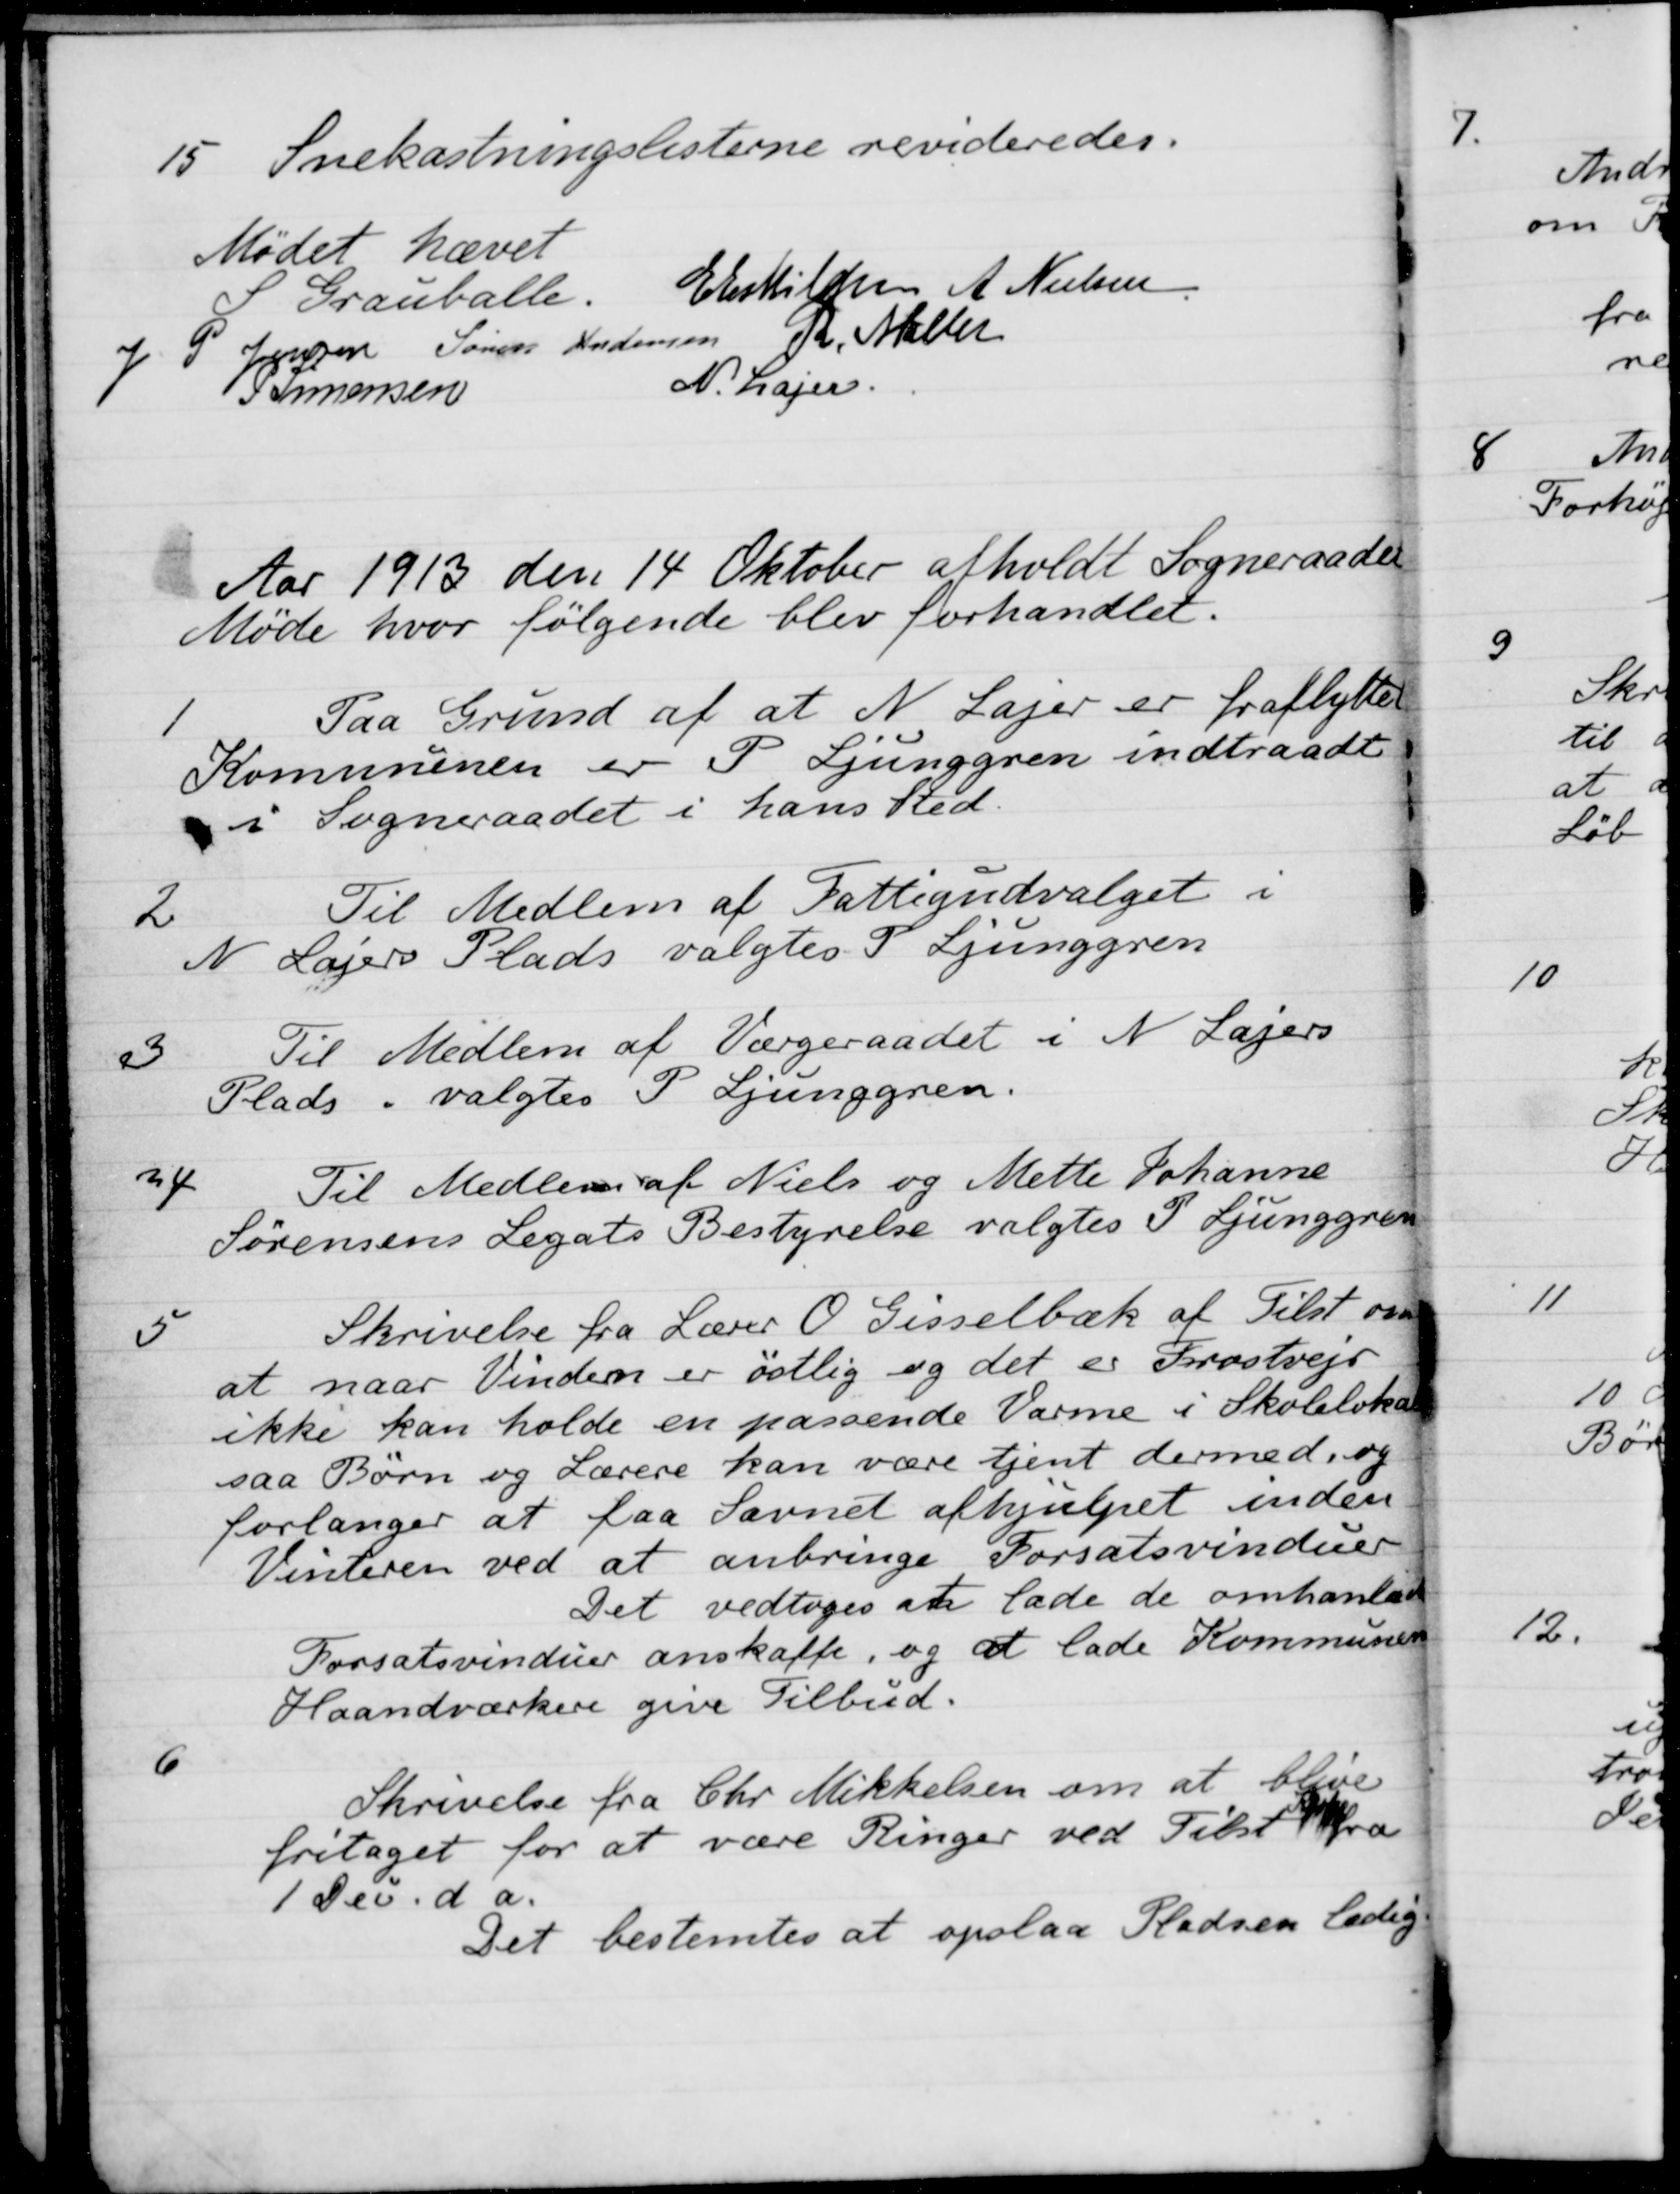
Transskription:
15.
Snekastningslisterne revideredes.
Mødet hævet
Granballe.
Erestillen
A. Nielsen
J P. Jensen
Søren Andersen
Th. Meller
SSimonsen
N. Kajer.
Aar 1913 den 14 Oktober afholdt Sogneraadet
Møde hvor følgende blev forhandlet.
1
Paa Grund af at N. Lager er fraflytte
Kommunen er I Fjunggren indtraadt
i Sogneraadet i hans Sted.
2
Til Medlem af Fattigudvalget i
N Lajers Plads valgtes P. Ljunggren
3
Til Medlem af Værgeraadet i N. Lagers
Plads valgtes P. Ljunggren.
4
Til Medlem af Niels og Mette Johanne
Sørensens Legats Bestyrelse valgtes P Ljunggren
5
Skrivelse fra Lærer O Gisselbæk af Tilst om
at naar Vinden er østlig og det er Postvejs
ikke kan holde en passende Varme i Skolelokal
saa Børn og Lærere kan være tjent dermed, og
forlanger at faa Savnet afhjulpet inden
Vinteren ved at anbringe Forsatsvinduer
Det vedtoges at lade de omhanlede
Forsatsvinduer anskaffe, og at lade Kommune
Haandværker give Tilbud.
6
Skrivelse fra Chr Mikkelsen om at blive
fritaget for at være Ringer ved Tilst fra
1 Dev. da.
Det bestemtes at opslaa Pladsen ledig